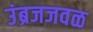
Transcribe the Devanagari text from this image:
उंब्रजजवळ